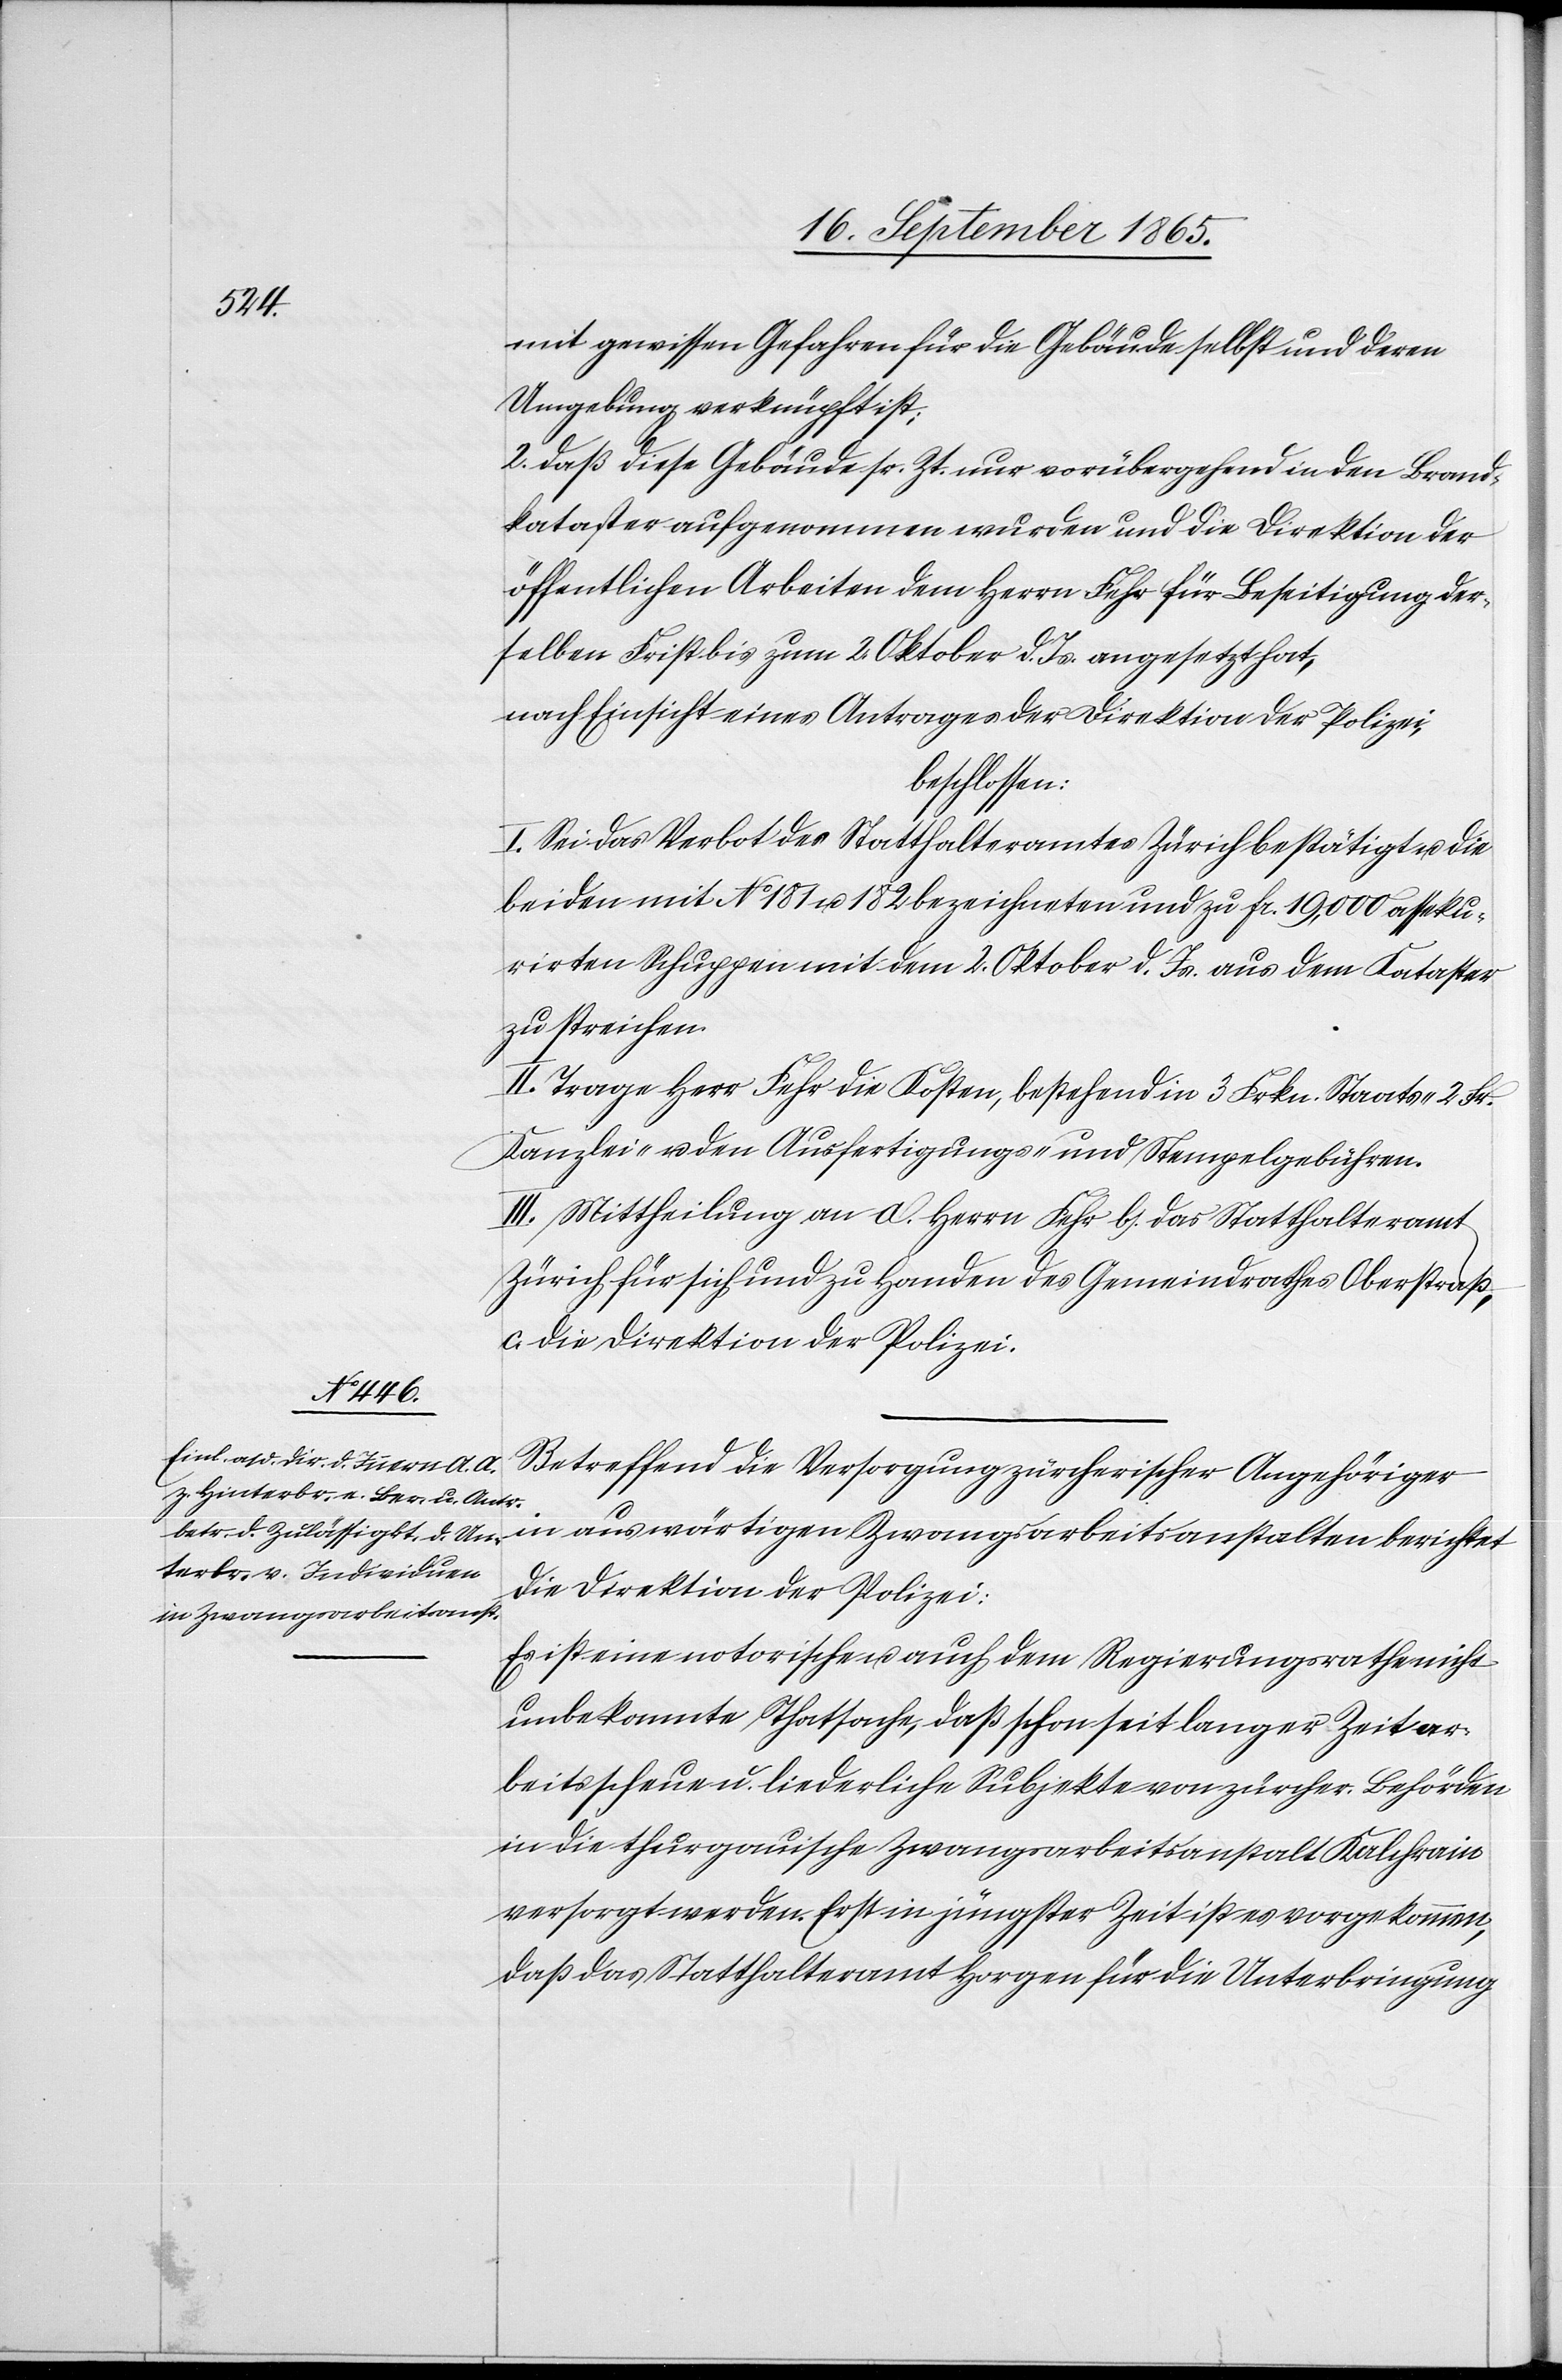
mit gewissen Gefahren für die Gebäude selbst und deren
Umgebung verknüpft ist;
2. daß diese Gebäude sr. Zt. nur vorübergehend in den Brand¬
kataster aufgenommen wurden und die Direktion der
öffentlichen Arbeiten dem Herrn Fehr für Beseitigung der¬
selben Frist bis zum 2. Oktober d. Js. angesetzt hat,
nach Einsicht eines Antrages der Direktion der Polizei,
beschlossen:
I. Sei das Verbot des Statthalteramtes Zürich bestätigt u. die
beiden mit No 181 u. 182 bezeichneten und zu fr. 19,000 asseku¬
rirten Schuppen mit dem 2. Oktober d. Js. aus dem Kataster
zu streichen.
II. Trage Her Fehr die Kosten, bestehend in 3 Frkn. Staats-[,] 2 Fr.
Kanzlei- u. den Ausfertigungs- und Stempelgebühren.
III. Mittheilung an a. Herrn Fehr b. das Statthalteramt
Zürich für sich und zu Handen des Gemeindrathes Oberstraß,
c. die Direktion der Polizei.
Betreffend die Versorgung zürcherischer Angehöriger
in auswärtigen Zwangsarbeitsanstalten berichtet
die Direktion der Polizei:
Es ist eine notorische u. auch dem Regierungsrathe nicht
unbekannte Thatsache, daß schon seit langer Zeit ar¬
beitsscheue u. liederliche Subjekte von zürcher. Behörden
in die thurgauische Zwangsarbeitsanstalt Kalchrain
versorgt werden. Erst in jüngster Zeit ist es vorgekommen,
daß das Statthalteramt Horgen für die Unterbringung